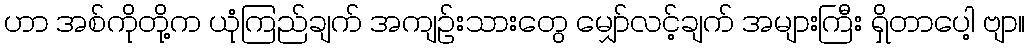
ဟာ အစ်ကိုတို့က ယုံကြည်ချက် အကျဉ်းသားတွေ မျှော်လင့်ချက် အများကြီး ရှိတာပေါ့ ဗျာ။